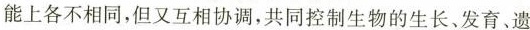
能上各不相同，但又互相协调，共同控制生物的生长、发育、遗